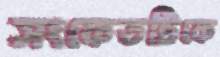
সংকেতটিকে